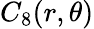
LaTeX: C_{8}(r,\theta)